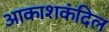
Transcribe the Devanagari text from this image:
आकाशकंदिल